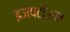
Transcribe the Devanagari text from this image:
इजपटीअम